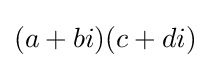
(a+bi)(c+di)